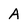
Character: A